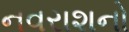
નવરાશનો